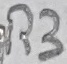
Text: R3